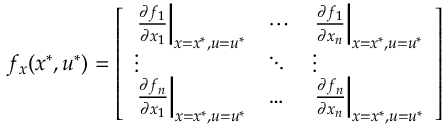
f _ { x } ( x ^ { * } , u ^ { * } ) = { \left[ \begin{array} { l l l } { \left. { \frac { \partial f _ { 1 } } { \partial x _ { 1 } } } \right| _ { x = x ^ { * } , u = u ^ { * } } } & { \cdots } & { \left. { \frac { \partial f _ { 1 } } { \partial x _ { n } } } \right| _ { x = x ^ { * } , u = u ^ { * } } } \\ { \vdots } & { \ddots } & { \vdots } \\ { \left. { \frac { \partial f _ { n } } { \partial x _ { 1 } } } \right| _ { x = x ^ { * } , u = u ^ { * } } } & { \ldots } & { \left. { \frac { \partial f _ { n } } { \partial x _ { n } } } \right| _ { x = x ^ { * } , u = u ^ { * } } } \end{array} \right] }